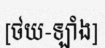
[ថយ-ឡាំង]